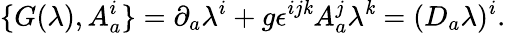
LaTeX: \{ G(\lambda),A_{a}^{i}\} =\partial_{a}\lambda^{i}+g\epsilon^{ij\mathit{k}}A_{a}^{j}\lambda^{\mathit{k}}=(D_{a}\lambda)^{i}.